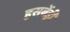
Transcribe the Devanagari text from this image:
हसबेंड्री